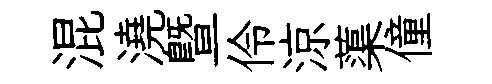
混澆暨伶涼蕖僮